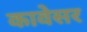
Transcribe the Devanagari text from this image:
कावेसर